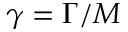
\gamma = \Gamma / M